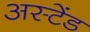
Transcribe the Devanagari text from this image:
अस्टेंड